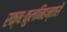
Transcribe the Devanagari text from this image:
रक्षःकुलनिहन्तारौ